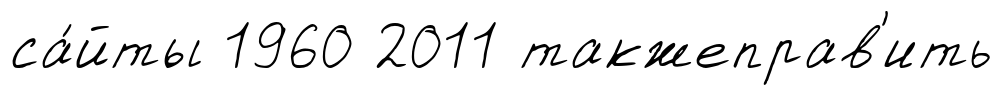
са́йты 1960 2011 такжеправ'ить